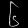
Digit: ၆